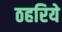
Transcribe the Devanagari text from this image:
ठहरिये